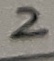
Text: 2